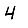
Digit: 4